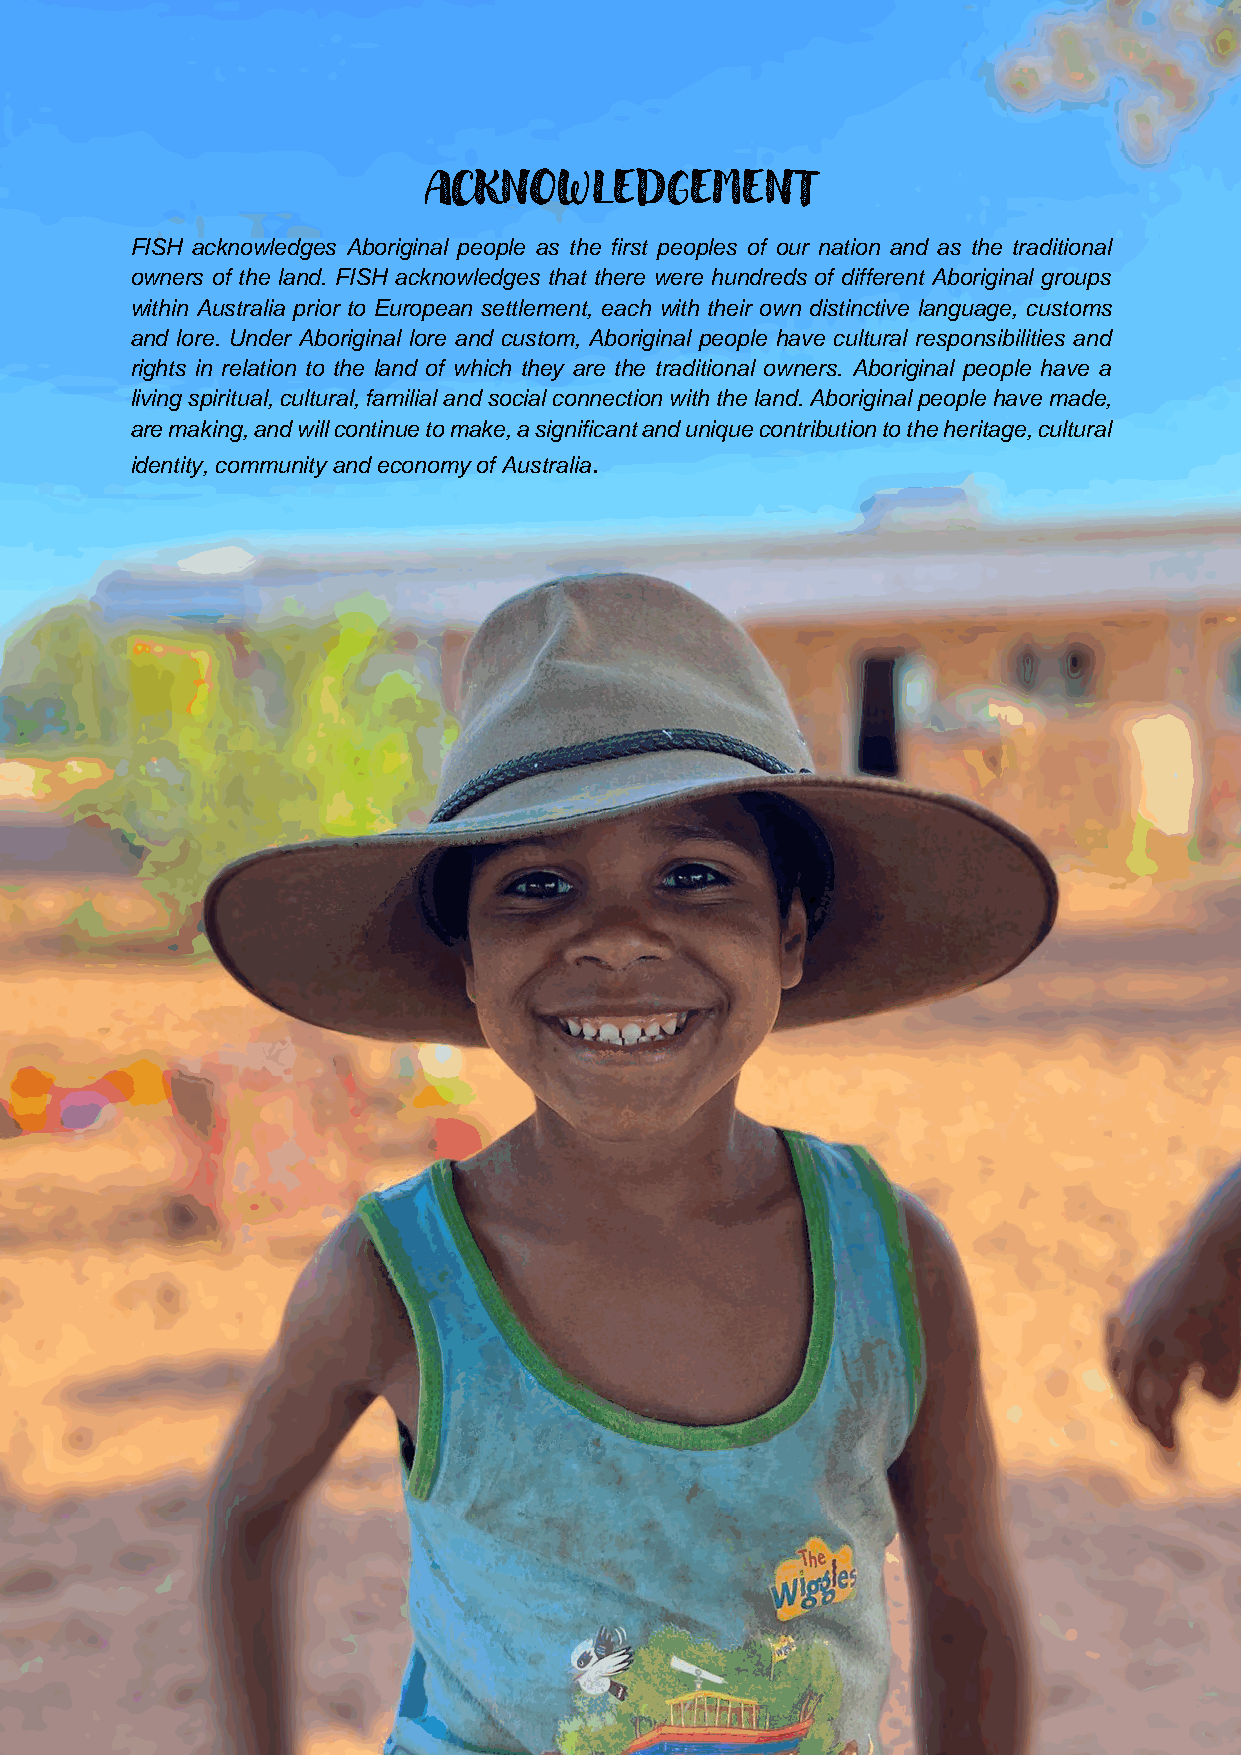
FISH
 Annual Report
 2019-2020
 ACKNOWLEDGEMENT
 FISH acknowledges Aboriginal people as the first peoples of our nation and as the traditional
 owners of the land. FISH acknowledges that there were hundreds of different Aboriginal groups
 within Australia prior to European settlement, each with their own distinctive language, customs
 and lore. Under Aboriginal lore and custom, Aboriginal people have cultural responsibilities and
 rights in relation to the land of which they are the traditional owners. Aboriginal people have a
 living spiritual, cultural, familial and social connection with the land. Aboriginal people have made,
 are making, and will continue to make, a significant and unique contribution to the heritage, cultural
 identity, community and economy of Australia.
 2